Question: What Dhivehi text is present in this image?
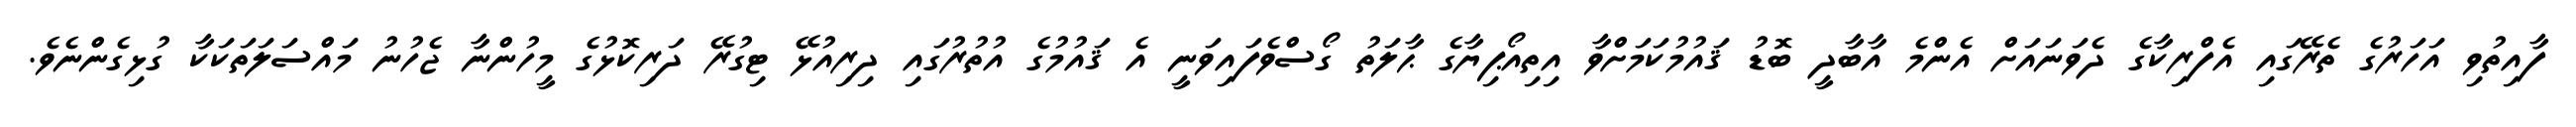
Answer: ފާއިތުވި އަހަރުގެ ތެރޭގައި އެފްރިކާގެ ދެވަނައަށް އެންމެ އާބާދީ ބޮޑު ޤައުމުކަމަށްވާ އިތިއޯޕިޔާގެ ޙާލަތު ގޯސްވެފައިވަނީ އެ ޤައުމުގެ އުތުރުގައި ދިރިއުޅޭ ޓިގުރޭ ދަރިކޮޅުގެ މީހުންނާ ޖެހުނު މައްސަލަތަކަކާ ގުޅިގެންނެވެ.